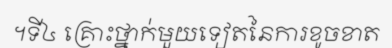
។ទី៤ គ្រោះថ្នាក់មួយទៀតនៃការខូចខាត